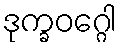
ဒုက္ခဝဂ္ဂေါ